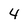
Character: 4